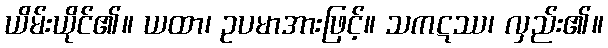
ယိမ်းယိုင်၏။ ယထာ၊ ဥပမာအားဖြင့်။ သကဋဿ၊ လှည်း၏။